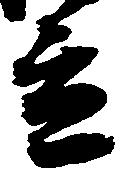
立